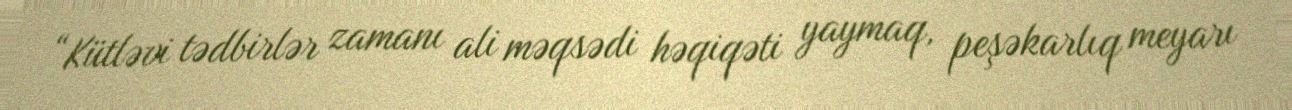
“Kütləvi tədbirlər zamanı ali məqsədi həqiqəti yaymaq, peşəkarlıq meyarı